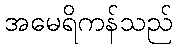
အမေရိကန်သည်